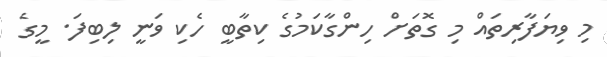
މި ވިޔަފާރިތައް މި ގޮތަށް ހިންގާކަމުގެ ކިތާބީ ހެކި ވަނީ ލިބިފަ. މީގެ